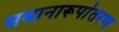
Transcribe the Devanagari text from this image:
समानारूपांतरण